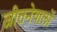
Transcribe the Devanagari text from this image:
जीतनेवालों